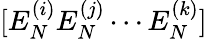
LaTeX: [E_{N}^{(i)}E_{N}^{(j)}\cdots E_{N}^{(k)}]